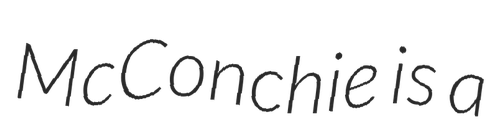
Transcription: McConchie is a